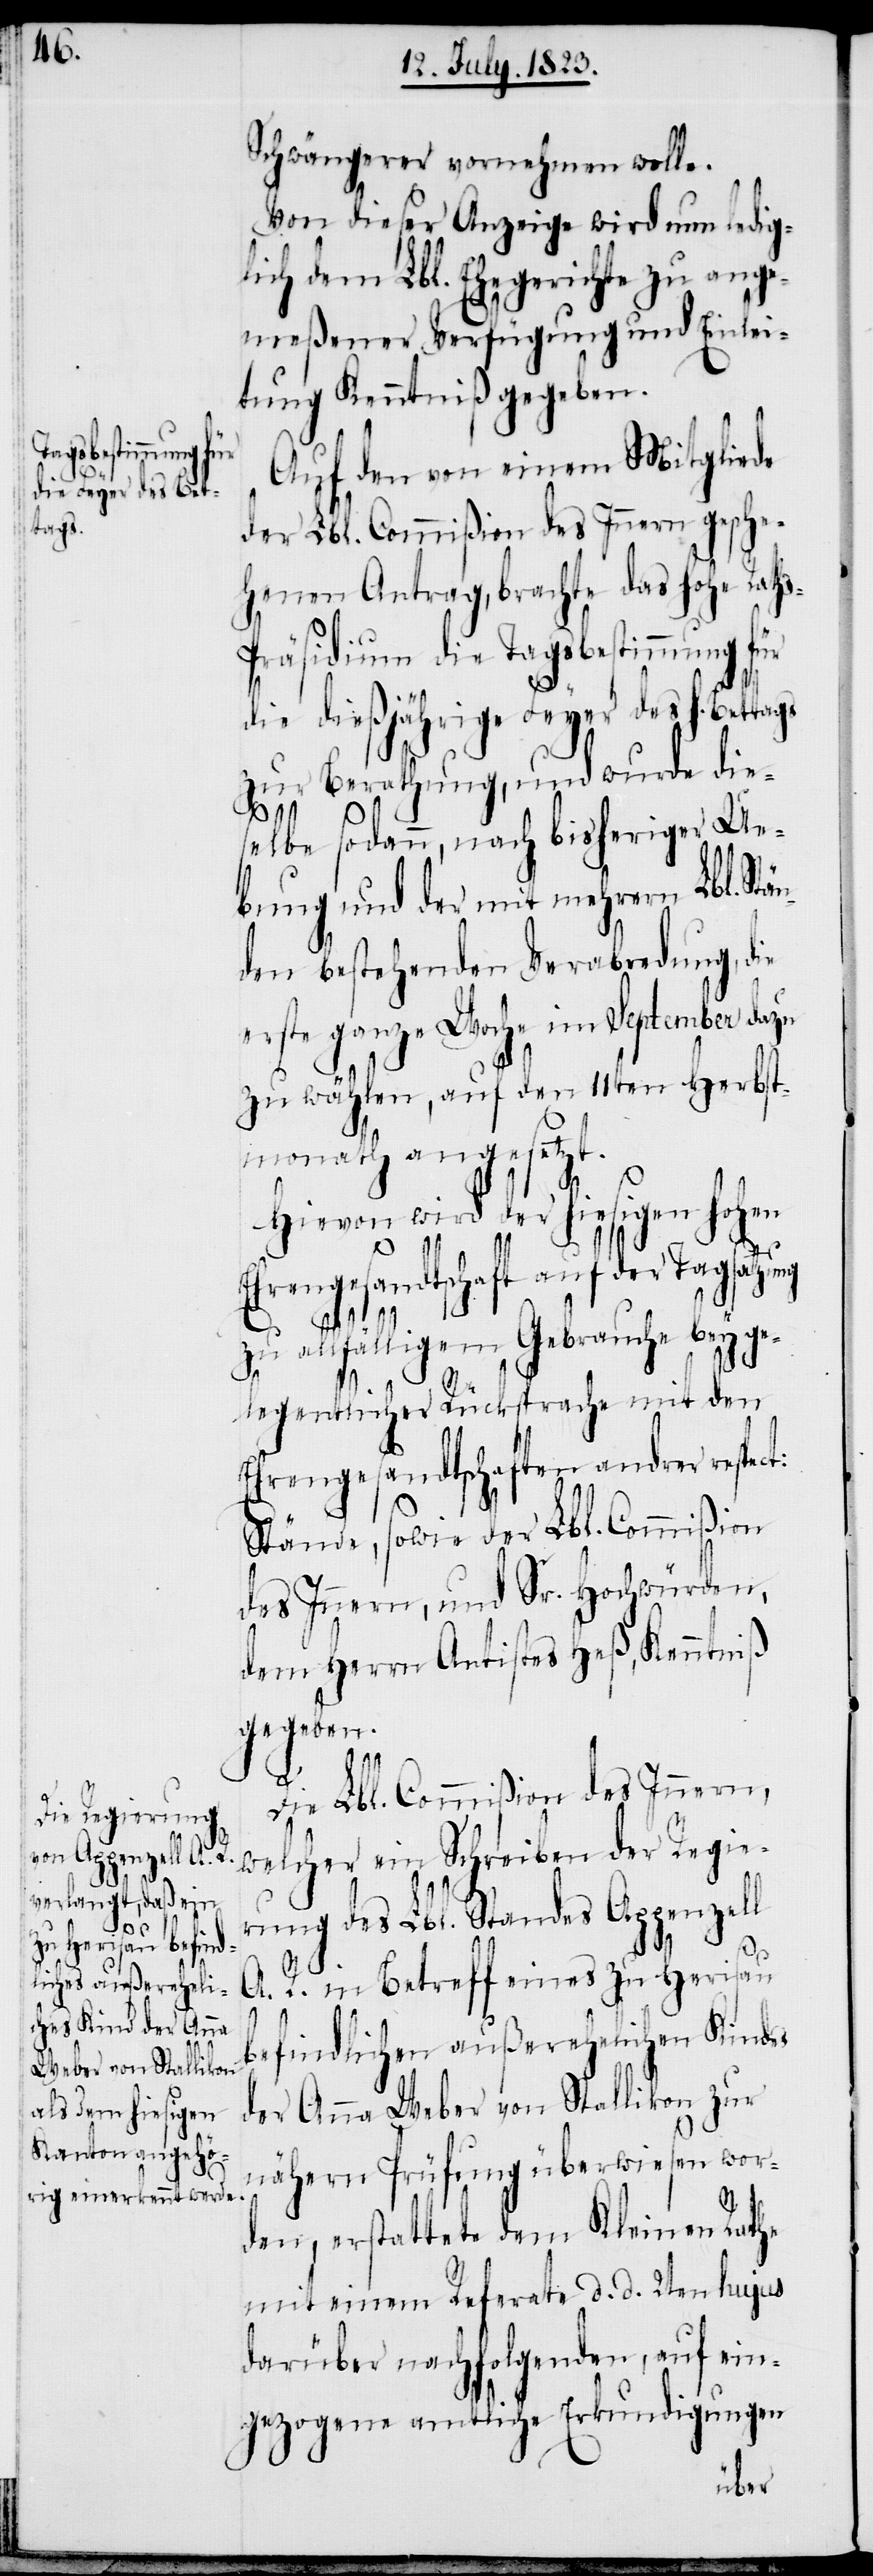
t:
tags

Schwängerer vornehmen wolle.
Von dieser Anzeige wird nun ledig¬
lich dem Lbl. Ehegerichte zu ange¬
meßener Verfügung und Einlei¬
tung Kenntniß gegeben.
Auf den von einem Mitgliede
der Lbl. Commißion des Innern gesche¬
henen Antrag, brachte das hohe Rath¬
s-Präsidium die Tagsbestimmung für
die dießjährige Feyer des h. Bet¬
zur Berathung, und wurde die¬
selbe sodann, nach bisheriger Ue¬
bung und der mit mehrern Lbl.
den bestehenden Verabredung, die
erste ganze Woche im September dazu
zu wählen, auf den 11ten Herbst¬
monath angesetzt.
Hievon wird der hiesigen hohen
Ehrengesandtschaft auf der Tagsatzung
Stän¬
zu allfälligem Gebrauche bey ge¬
legentlicher Rücksprache mit den
Ehrengesandtschaften andrer respec¬
Stände, sowie der Lbl. Commißion
des Innern, und Sr. Hochwürden,
dem Herrn Antistes Heß, Kenntniß
gegeben.
Die Lbl. Commißion des Innern,
welcher ein Schreiben der Regie¬
rung des Lbl. Standes Appenzell
A. R. in Betreff eines zu Herisau
befindlichen außerehelichen Kindes
der Anna Weber von Stallikon zur
nähern Prüfung überwiesen wor¬
den, erstattete dem Kleinen Rathe
mit einem Referate d. d. 2ten hujus
darüber nachfolgenden, auf ein¬
gezogene amtliche Erkundigungen